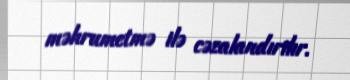
məhrumetmə ilə cəzalandırılır.